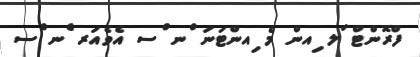
ފްރޮންޓް ަލ ިއން މެ ިއންޓަނަ ްނ ްސ އެވެއަރ ެނ ްސ